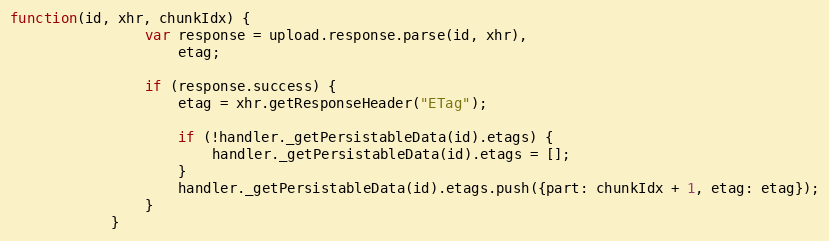
Language: JavaScript
function(id, xhr, chunkIdx) {
                var response = upload.response.parse(id, xhr),
                    etag;

                if (response.success) {
                    etag = xhr.getResponseHeader("ETag");

                    if (!handler._getPersistableData(id).etags) {
                        handler._getPersistableData(id).etags = [];
                    }
                    handler._getPersistableData(id).etags.push({part: chunkIdx + 1, etag: etag});
                }
            }